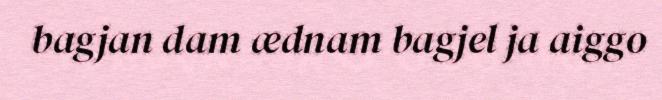
bagjan dam ædnam bagjel ja aiggo